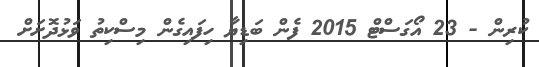
ކުރިން - 23 އޯގަސްޓް 2015 ފެން ބަޑިޔާ ހިފައިގެން މިސްކިތު ވަޅުދޮށަށް